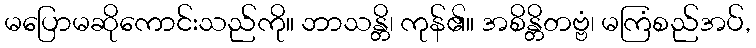
မပြောမဆိုကောင်းသည်ကို။ ဘာသန္တိ၊ ကုန်၏။ အစိန္တိတဗ္ဗံ၊ မကြံစည်အပ်,